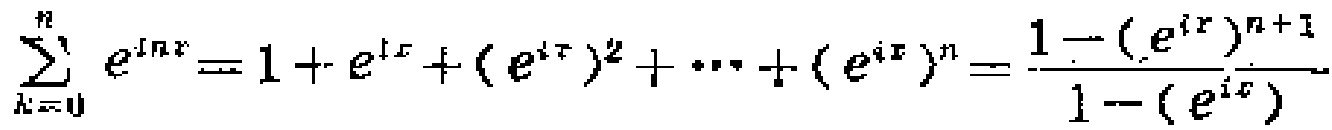
\[\sum_{k = 0}^{n} e^{ikx}=1 + e^{ix}+(e^{ix})^{2}+\cdots+(e^{ix})^{n}=\frac{1-(e^{ix})^{n + 1}}{1-(e^{ix})}\]